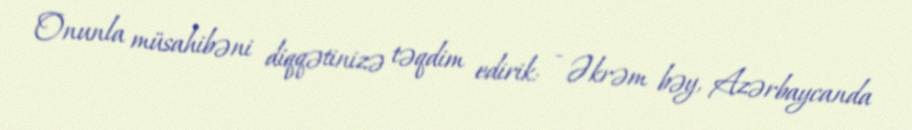
Onunla müsahibəni diqqətinizə təqdim edirik: - Əkrəm bəy, Azərbaycanda